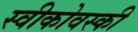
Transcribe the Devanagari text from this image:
स्वीकोवस्की